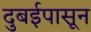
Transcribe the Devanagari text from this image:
दुबईपासून